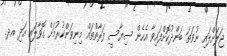
ޖަލަށްލައި ނުވަތަ ބަންދުކޮށްފައިވާ އެހެން ސިޔާސީ ފަރާތްތައް މިނިވަންކުރުމަށް ގޮވާލައި އަދި އދ.